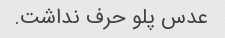
عدس پلو حرف نداشت.